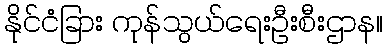
နိုင်ငံခြား ကုန်သွယ်ရေးဦးစီးဌာန။